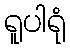
ရူပါရုံ